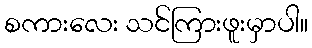
စကားလေး သင်ကြားဖူးမှာပါ။